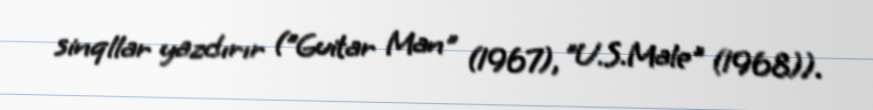
sinqllar yazdırır ("Guitar Man" (1967), "U.S.Male" (1968)).